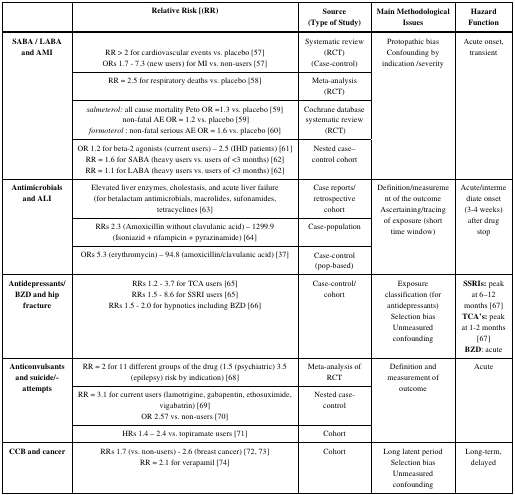
<table><thead><tr><td><b> </b></td><td colspan="2"><b>Relative Risk [(RR) </b></td><td colspan="2"><b>Source(Type of Study)</b></td><td><b>Main Methodological Issues</b></td><td><b>Hazard Function</b></td></tr></thead><tbody><tr><td rowspan="4"><b>SABA / LABA and AMI</b></td><td colspan="2">RR &gt; 2 for cardiovascular events vs. placebo [57]ORs 1.7 - 7.3 (new users) for MI vs. non-users [57]</td><td colspan="2">Systematic review (RCT)(Case-control)</td><td rowspan="4">Protopathic biasConfounding by indication /severity </td><td rowspan="4">Acute onset, transient</td></tr><tr><td colspan="2">RR = 2.5 for respiratory deaths vs. placebo [58]</td><td colspan="2">Meta-analysis (RCT)</td></tr><tr><td colspan="2"><i>salmeterol: </i>all cause mortality Peto OR =1.3 vs. placebo[59]<i></i> non-fatal AE OR = 1.2 vs. placebo [59]<i>formoterol</i> : non-fatal serious AE OR = 1.6 vs. placebo[60]</td><td colspan="2">Cochrane database systematic review (RCT)</td></tr><tr><td colspan="2">OR 1.2 for beta-2 agonists (current users) – 2.5 (IHD patients) [61]<i></i>RR = 1.6 for SABA (heavy users vs. users of &lt;3 months) [62]RR = 1.1 for LABA (heavy users vs. users of &lt;3 months) [62]</td><td colspan="2">Nested case–control cohort</td></tr><tr><td rowspan="3"><b>Antimicrobials and ALI</b></td><td colspan="2">Elevated liver enzymes, cholestasis, and acute liver failure(for betalactam antimicrobials, macrolides, sufonamides, tetracyclines [63]</td><td colspan="2">Case reports/ retrospective cohort</td><td rowspan="3">Definition/measurement of the outcomeAscertaining/tracing of exposure (short time window) </td><td rowspan="3">Acute/intermediate onset(3-4 weeks) after drug stop</td></tr><tr><td colspan="2">RRs 2.3 (Amoxicillin without clavulanic acid) – 1299.9(Isoniazid + rifampicin + pyrazinamide) [64]</td><td colspan="2">Case-population</td></tr><tr><td colspan="2">ORs 5.3 (erythromycin) – 94.8 (amoxicillin/clavulanic acid) [37] </td><td colspan="2">Case-control(pop-based)</td></tr><tr><td><b>Antidepressants/ BZD and hip fracture</b></td><td colspan="2">RRs 1.2 - 3.7 for TCA users [65]RRs 1.5 - 8.6 for SSRI users [65]RRs 1.5 - 2.0 for hypnotics including BZD [66]</td><td colspan="2">Case-control/ cohort</td><td>Exposure classification (for antidepressants)Selection biasUnmeasured confounding</td><td>SSRIs: peak at 6–12 months [67]TCA’s: peak at 1-2 months [67]BZD: acute</td></tr><tr><td rowspan="3"><b>Anticonvulsants and suicide/-attempts</b></td><td colspan="2">RR = 2 for 11 different groups of the drug (1.5 (psychiatric) 3.5 (epilepsy) risk by indication) [68]</td><td colspan="2">Meta-analysis of RCT </td><td rowspan="3">Definition and measurement of outcome </td><td rowspan="3">Acute</td></tr><tr><td colspan="2">RR = 3.1 for current users (lamotrigine, gabapentin, ethosuximide, vigabatrin) [69]OR 2.57 vs. non-users [70]</td><td colspan="2">Nested case-control</td></tr><tr><td colspan="2">HRs 1.4 – 2.4 vs. topiramate users [71]</td><td colspan="2">Cohort</td></tr><tr><td><b>CCB and cancer</b></td><td colspan="2">RRs 1.7 (vs. non-users) - 2.6 (breast cancer) [72, 73]RR = 2.1 for verapamil [74]</td><td colspan="2">Cohort</td><td>Long latent periodSelection biasUnmeasured confounding</td><td>Long-term, delayed</td></tr></tbody></table>